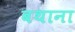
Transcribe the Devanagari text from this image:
बथाना